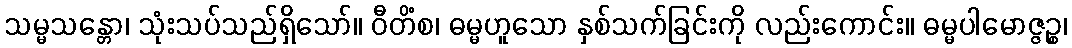
သမ္မသန္တော၊ သုံးသပ်သည်ရှိသော်။ ဝီတိံစ၊ ဓမ္မဟူသော နှစ်သက်ခြင်းကို လည်းကောင်း။ ဓမ္မပါမောဇ္ဇဉ္စ၊